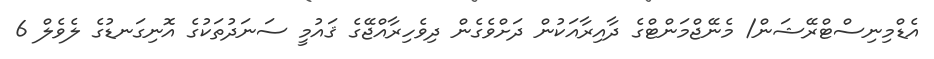
އެޑްމިނިސްޓްރޭޝަން/ މެނޭޖްމަންޓްގެ ދާއިރާއަކުން ދަށްވެގެން ދިވެހިރާއްޖޭގެ ޤައުމީ ސަނަދުތަކުގެ އޮނިގަނޑުގެ ލެވެލް 6